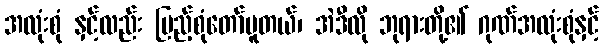
အလုံးစုံ နှင့်လည်း ပြည့်စုံတော်မူတယ်၊ အဲဒီလို ဘုရားတို့၏ ဂုဏ်အလုံးစုံနှင့်